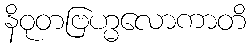
နိဝုတဗြဟ္မလောကာတိ